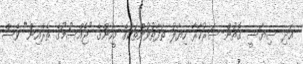
އަދި ސިޔާސީ ގޮތުން ސަރުކާރާ ހިޔާލު ތަފާތުވުންތަަކުގެ މީހުންގެ "ޖެއްސުމުގެ ތެރެއިން" ވެސް